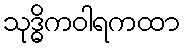
သုဒ္ဓိကဝါရကထာ